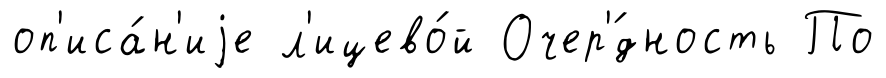
оп'иса́н'иjе л'ицево́й Очер'́дность По